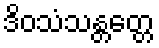
ဒိဝသံသန္တတ္တေ